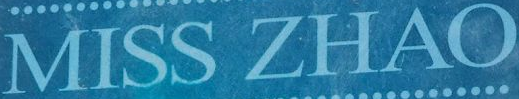
MISS ZHAO